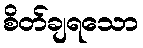
စိတ်ချရသော